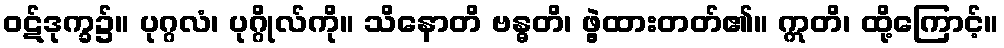
ဝဋ်ဒုက္ခ၌။ ပုဂ္ဂလံ၊ ပုဂ္ဂိုလ်ကို။ သိနောတိ ဗန္ဓတိ၊ ဖွဲ့ထားတတ်၏။ ဣတိ၊ ထို့ကြောင့်။